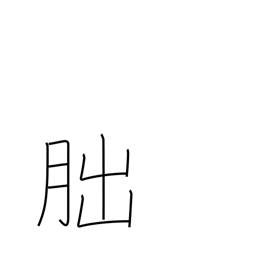
Meaning: crescent moon